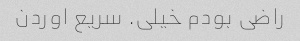
راضی بودم خیلی. سریع اوردن